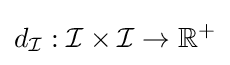
d_{\mathcal {I}}:{\mathcal {I}}\times {\mathcal {I}}\rightarrow \mathbb {R} ^{+}